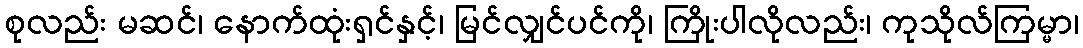
စုလည်း မဆင်၊ နောက်ထုံးရှင်နှင့်၊ မြင်လျှင်ပင်ကို၊ ကြိုးပါလိုလည်း၊ ကုသိုလ်ကြမ္မာ၊